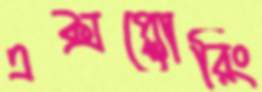
এক্সপ্লোরিং